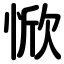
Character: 惞